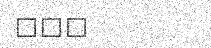
١٤٤